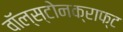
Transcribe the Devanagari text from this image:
वॉल्स्टोनक्राफ्ट